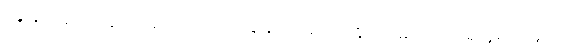
ခွေးရူးပြန်ကာကွယ်ဆေးက ဝယ်ထိုးရမှာကို မတတ်နိုင်လို့ မထိုးခဲ့ကြရဘူးလို့ သူက